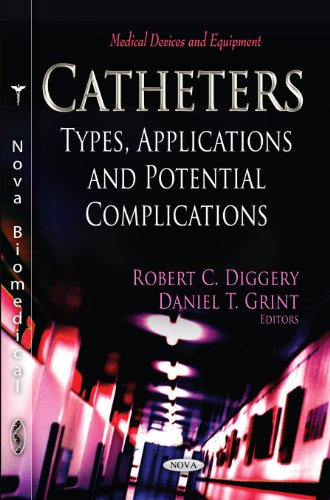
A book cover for Catheters: Types, Applications and Potential Complications (Medical Devices and Equipment); Medical Books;